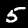
Label: 5